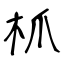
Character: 枛